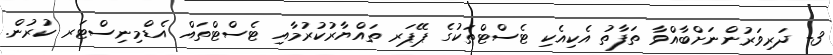
3- ދަރިވަރުންނަށްބާއްވާ ތަފާތު އެކިއެކި ޓެސްޓްތަކުގެ ޕޭޕަރ ތައްޔާރުކުރުމާއި ޓެސްޓްތައް އެޑްމިނިސްޓަރ ކުރުން.